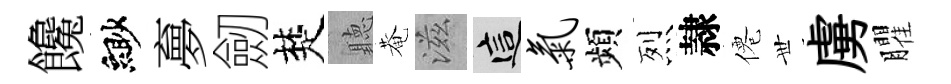
饞緲夣劒楚聽菴滋這气頻烈隷僊𠀍虜臞